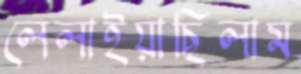
লেলাইয়াছিলাম